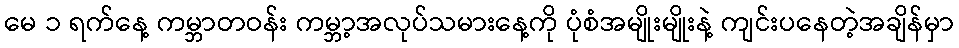
မေ ၁ ရက်နေ့ ကမ္ဘာတဝန်း ကမ္ဘာ့အလုပ်သမားနေ့ကို ပုံစံအမျိုးမျိုးနဲ့ ကျင်းပနေတဲ့အချိန်မှာ